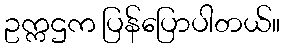
ဥက္ကဌက ပြန်ပြောပါတယ်။